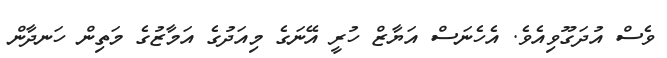
ވެސް އުދަގޫވިއެވެ. އެހެނަސް އަޔާޒް ހުރީ އޭނަގެ މިއަދުގެ އަމާޒުގެ މަތިން ހަނދާން